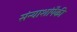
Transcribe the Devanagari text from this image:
संन्याशांपैकी